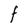
Character: F